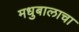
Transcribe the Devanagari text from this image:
मधुबालाचा